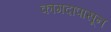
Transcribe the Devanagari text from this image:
कागदापासून